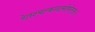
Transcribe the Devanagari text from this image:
रेतश्चल्कन्दार्माघरेतसः।